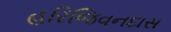
હરિજિવનદાસ